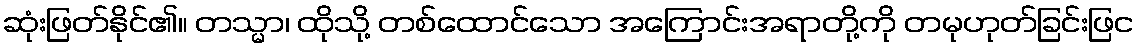
ဆုံးဖြတ်နိုင်၏။ တသ္မာ၊ ထိုသို့ တစ်ထောင်သော အကြောင်းအရာတို့ကို တမုဟုတ်ခြင်းဖြင